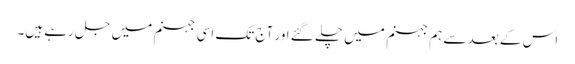
اس کے بعد سے ہم جہنم میں چلے گئے اور آج تک اسی جہنم میں جل رہے ہیں۔